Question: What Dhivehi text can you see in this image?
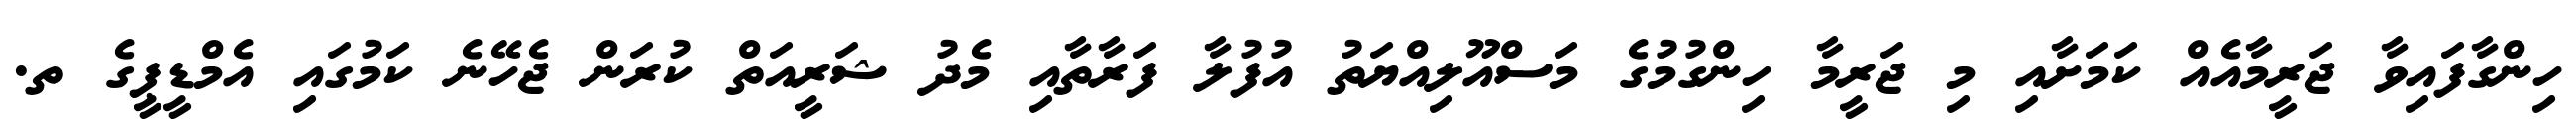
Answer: ހިންގާފައިވާ ޖަރީމާއެއް ކަމަށާއި މި ޖަރީމާ ހިންގުމުގެ މަސްއޫލިއްޔަތު އުފުލާ ފަރާތާއި މެދު ޝަރީއަތް ކުރަން ޖެހޭނެ ކަމުގައި އެމްޑީޕީގެ ތ.